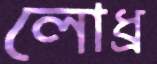
লোধ্র